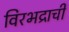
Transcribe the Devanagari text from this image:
विरभद्राची